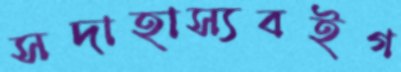
সদাহাস্যবইগ